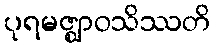
ပုရမဇ္ဈာဝသိဿတိ